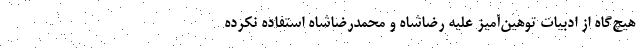
هیچ‌گاه از ادبیات توهین‌آمیز علیه رضاشاه و محمدرضاشاه استفاده نکرده